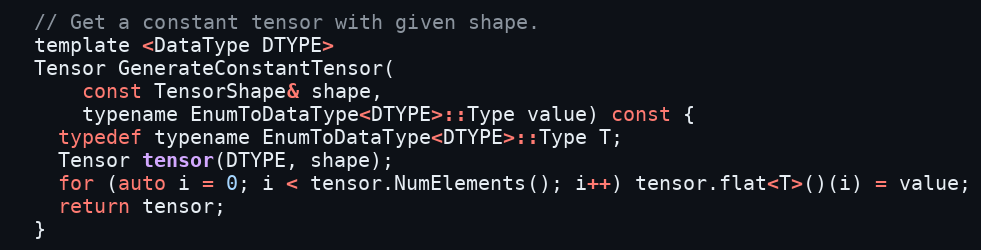
Language: C
  // Get a constant tensor with given shape.
  template <DataType DTYPE>
  Tensor GenerateConstantTensor(
      const TensorShape& shape,
      typename EnumToDataType<DTYPE>::Type value) const {
    typedef typename EnumToDataType<DTYPE>::Type T;
    Tensor tensor(DTYPE, shape);
    for (auto i = 0; i < tensor.NumElements(); i++) tensor.flat<T>()(i) = value;
    return tensor;
  }